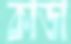
কাডা